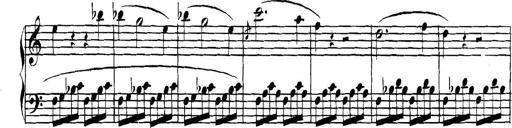
Title: Collected Piano Sonatas
Composer: Muzio Clementi